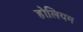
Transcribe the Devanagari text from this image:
होलियम